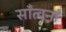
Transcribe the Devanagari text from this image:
साँत्वना